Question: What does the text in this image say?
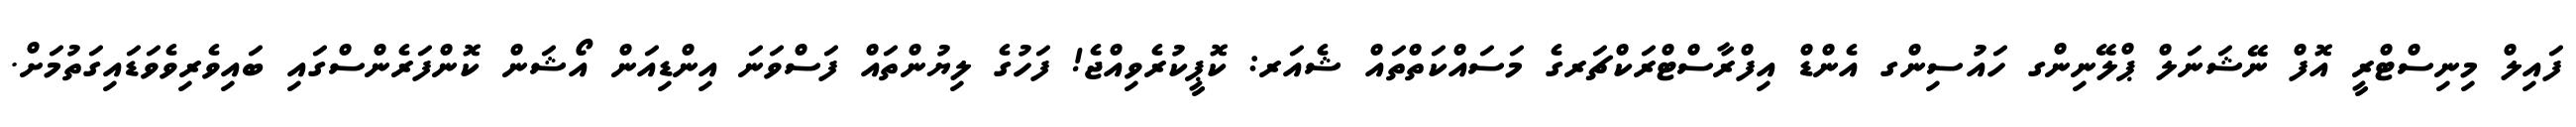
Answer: ފައިލް މިނިސްޓްރީ އޮފް ނޭޝަނަލް ޕްލޭނިންގ ހައުސިންގ އެންޑް އިފްރާސްޓްރަކްޗަރގެ މަސައްކަތްތައް ޝެއަރ: ކޮޕީކުރެވިއްޖެ! ފަހުގެ ލިޔުންތައް ފަސްވަނަ އިންޑިއަން އޯޝަން ކޮންފަރެންސްގައި ބައިވެރިވެވަޑައިގަތުމަށް.